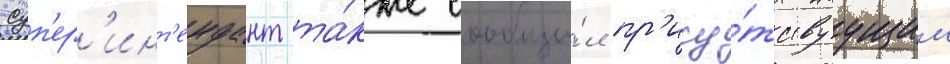
Суп'ер'инт'ендант та́кже сообщи́л пр'ису́тствуущим